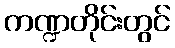
ကဏ္ဍတိုင်းတွင်